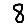
Digit: 8